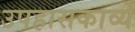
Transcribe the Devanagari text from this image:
उपहासकाव्ये